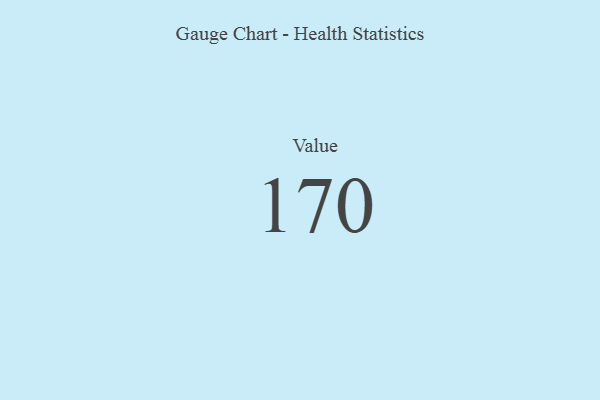
{"axis": {"x": "Metric", "y": "Value"}, "legend": [""], "data": [{"x": "Value", "y": 170, "type": ""}]}